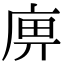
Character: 𢈷